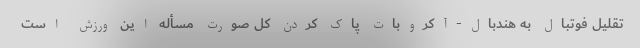
تقلیل فوتبال به هندبال-آکروبات پاک کردن کل صورت مسأله این ورزش است